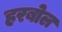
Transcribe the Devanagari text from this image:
हरबोल